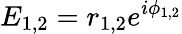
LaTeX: E_{1,2}=r_{1,2}e^{i\phi_{1,2}}